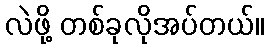
လဲဖို့ တစ်ခုလိုအပ်တယ်။